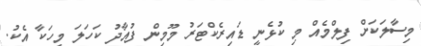
މިސާލަކަށް ފިލްމެއް މި ކުޅެނީ ޑައިރެކްޓަރު މޫމިން ފުއާދު ކަހަލަ މީހަކާ އެކު.